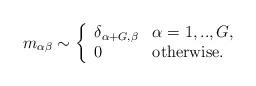
LaTeX: \begin{align*}m_{\alpha \beta} \sim \left\{ \begin{array}{ll}\delta_{\alpha +G , \beta} & \alpha=1,..,G, \\0 & \textrm{otherwise}.\end{array} \right.\end{align*}